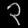
Digit: ၃